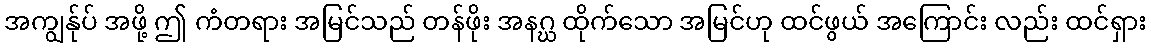
အကျွန်ုပ် အဖို့ ဤ ကံတရား အမြင်သည် တန်ဖိုး အနဂ္ဃ ထိုက်သော အမြင်ဟု ထင်ဖွယ် အကြောင်း လည်း ထင်ရှား